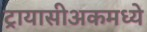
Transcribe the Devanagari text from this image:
ट्रायासीअकमध्ये